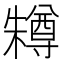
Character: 𣞊